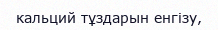
кальций тұздарын енгізу,